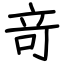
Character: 竒